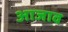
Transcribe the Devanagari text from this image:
आजाव